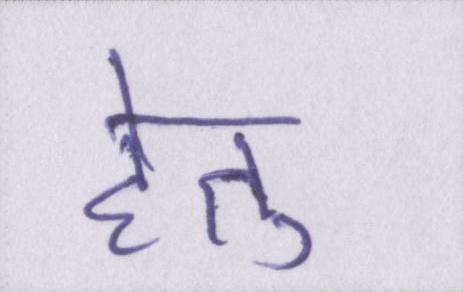
हेतु